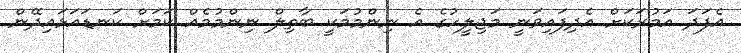
އެފަދަ އަމުރަކަށް އެދިފައިވަނީ މަޖިލީހުގެ އެ ނިންމުމަކީ ބާތިލް ނިންމުމެއް ކަމަށް ކަނޑައަޅައިދޭން